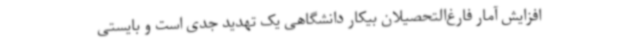
افزایش آمار فارغ‌التحصیلان بیکار دانشگاهی یک تهدید جدی است و بایستی